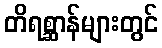
တိရစ္ဆာန်များတွင်